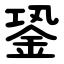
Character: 銎